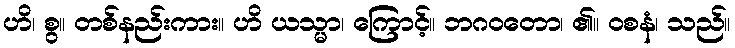
ဟိ၊ စွ။ တစ်နည်းကား။ ဟိ ယသ္မာ၊ ကြောင့်။ ဘဂဝတော၊ ၏။ ဝစနံ၊ သည်။